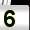
Digit: 5